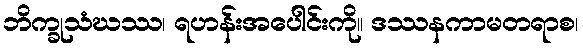
ဘိက္ခုသံဃဿ၊ ရဟန်းအပေါင်းကို။ ဒဿနကာမတရာစ၊